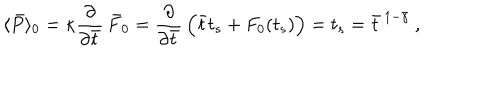
LaTeX: \langle \bar { P } \rangle _ { 0 } = \kappa { \frac { \partial } { \partial \bar { t } } } \, \bar { F } _ { 0 } = { \frac { \partial } { \partial \bar { t } } } \, \Bigl ( \bar { t } t _ { s } + F _ { 0 } ( t _ { s } ) \Bigr ) = t _ { s } = \bar { t } ^ { \, 1 - \bar { \gamma } } \ ,